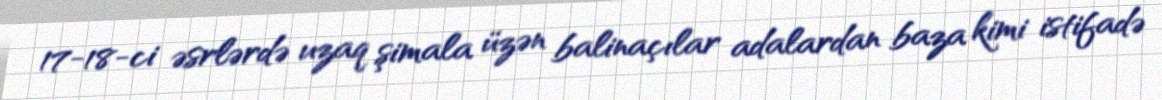
17-18-ci əsrlərdə uzaq şimala üzən balinaçılar adalardan baza kimi istifadə